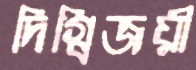
দিগ্বিজয়ী